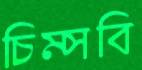
চিম্‌সবি